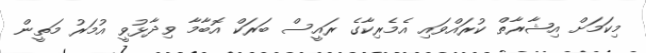
މިކަމަށް އިޝާރާތް ކުރައްވައި އެމެރިކާގެ ރައީސް ބަރަކް އޮބާމާ ވިދާޅުވީ އުމަރު މަތީން